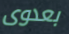
بعدوى